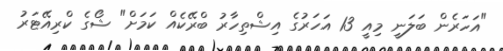
"އަހަރެން ބަލަނީ މިއީ 13 އަހަރުގެ އިޝްތިހާރު ބްރޭކެއް ކަމަށް" ޝޯގެ ކްރިއޭޓަރު